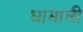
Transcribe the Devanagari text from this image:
घामाली